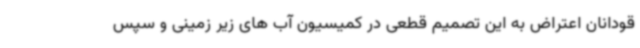
قودانان اعتراض به این تصمیم قطعی در کمیسیون آب های زیر زمینی و سپس